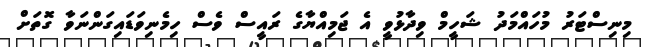
މިނިސްޓަރު މުހައްމަދު ޝަހީމް ވިދާޅުވީ އެ ޖަމިއްޔާގެ ރައީސް ވެސް ހިމެނިވަޑައިގަންނަވާ ގޮތަށް